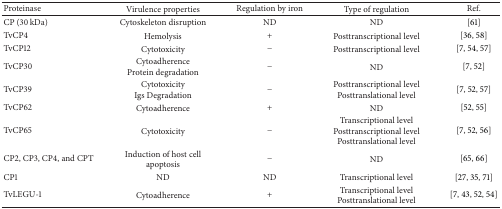
| Proteinase | Virulence properties | Regulation by iron | Type of regulation | Ref. |
 | --- | --- | --- | --- | --- |
 | CP (30 kDa) | Cytoskeleton disruption | ND | ND | [61] |
 | TvCP4 | Hemolysis | + | Posttranscriptional level | [36, 58] |
 | TvCP12 | Cytotoxicity | − | Posttranscriptional level | [7, 54, 57] |
 | TvCP30 | CytoadherenceProtein degradation | − | ND | [7, 52] |
 | TvCP39 | CytotoxicityIgs Degradation | − | Posttranscriptional levelPosttranslational level | [7, 52, 57] |
 | TvCP62 | Cytoadherence | + | ND | [52, 55] |
 | TvCP65 | Cytotoxicity | − | Transcriptional levelPosttranscriptional levelPosttranslational level | [7, 52, 56] |
 | CP2, CP3, CP4, and CPT | Induction of host cell apoptosis | − | ND | [65, 66] |
 | CP1 | ND | ND | Transcriptional level | [27, 35, 71] |
 | TvLEGU-1 | Cytoadherence | + | Transcriptional levelPosttranslational level | [7, 43, 52, 54] |